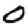
Digit: 0